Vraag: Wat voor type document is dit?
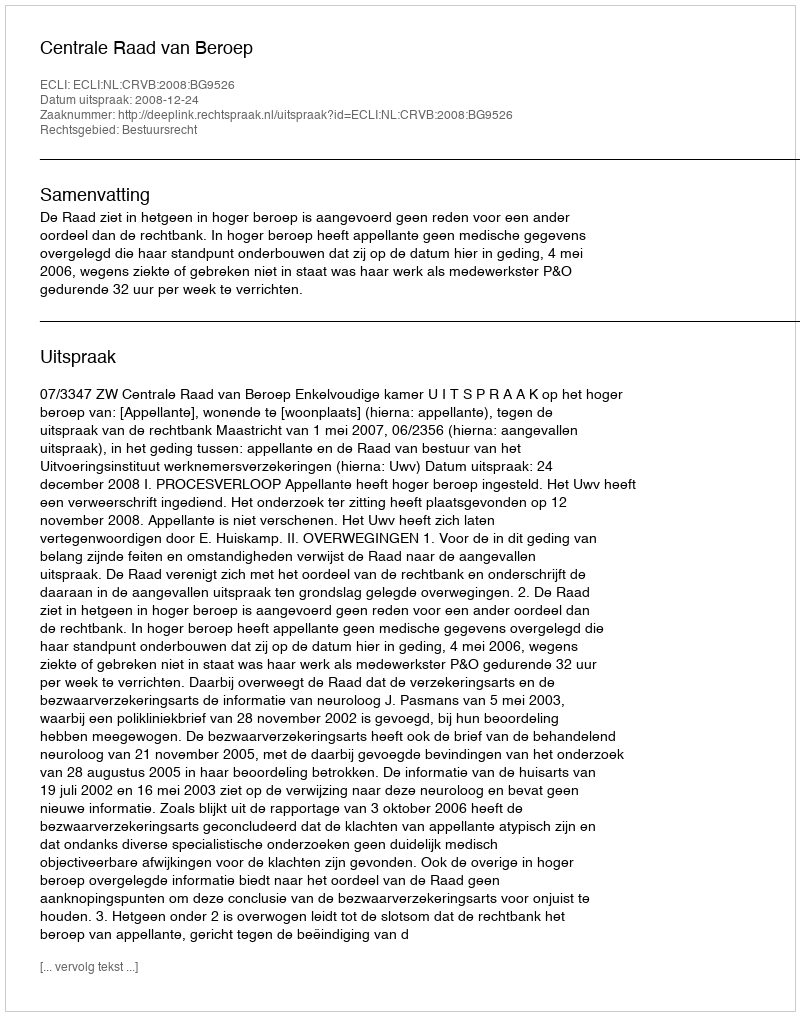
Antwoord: Uitspraak